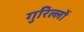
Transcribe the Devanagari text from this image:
गुरिल्लों